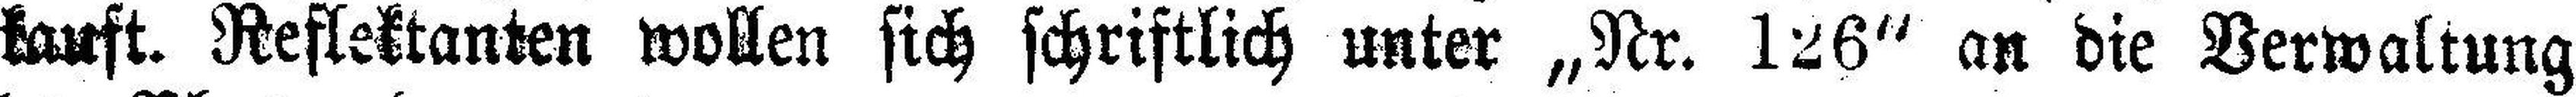
kauft. Reflektanten wollen sich schriftlich unter „Nr. 126“ an die Verwaltung